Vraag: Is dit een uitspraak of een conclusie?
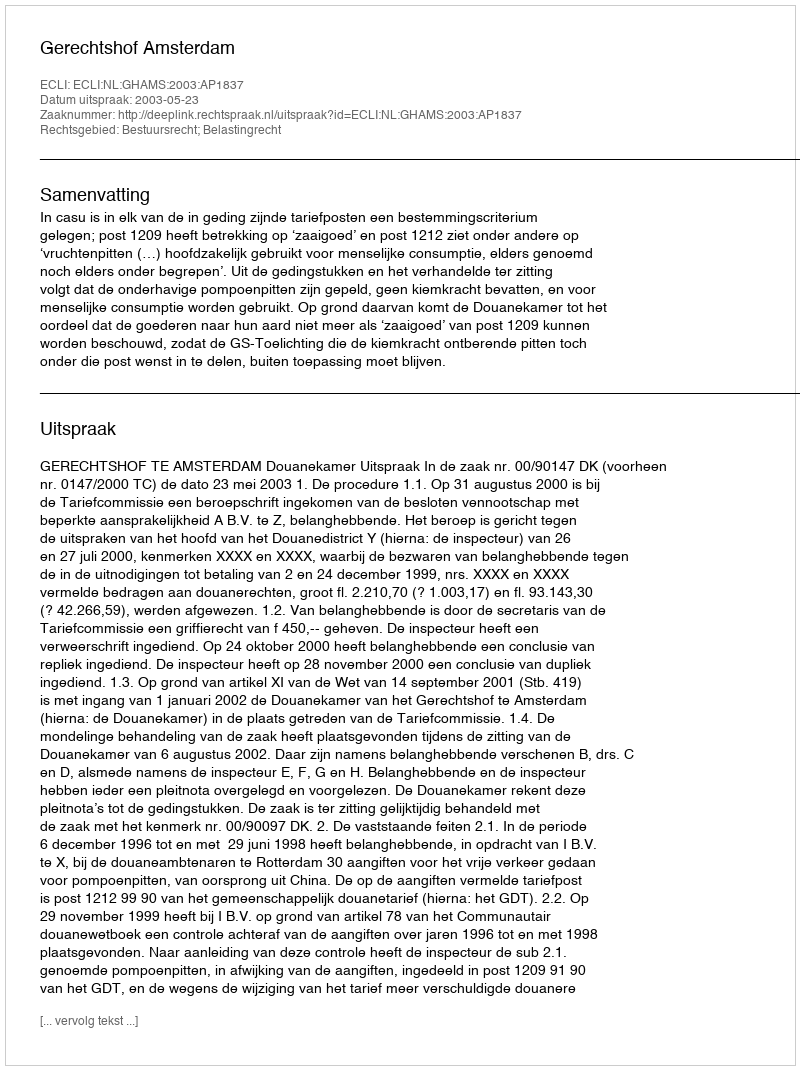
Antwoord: Uitspraak